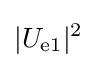
\vert U_{\text{e1}}\vert ^{2}